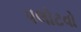
પલોટવો